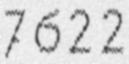
7622